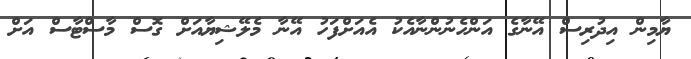
ޔާމިން އިދުރިސް އޭނާގެ އަންހެނުންނާއެކު އެއަށްފަހު އޭނާ މެލޭޝިޔާއަށް ގޮސް މާސްޓާސް އަށް